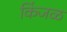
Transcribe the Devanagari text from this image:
किंजळ